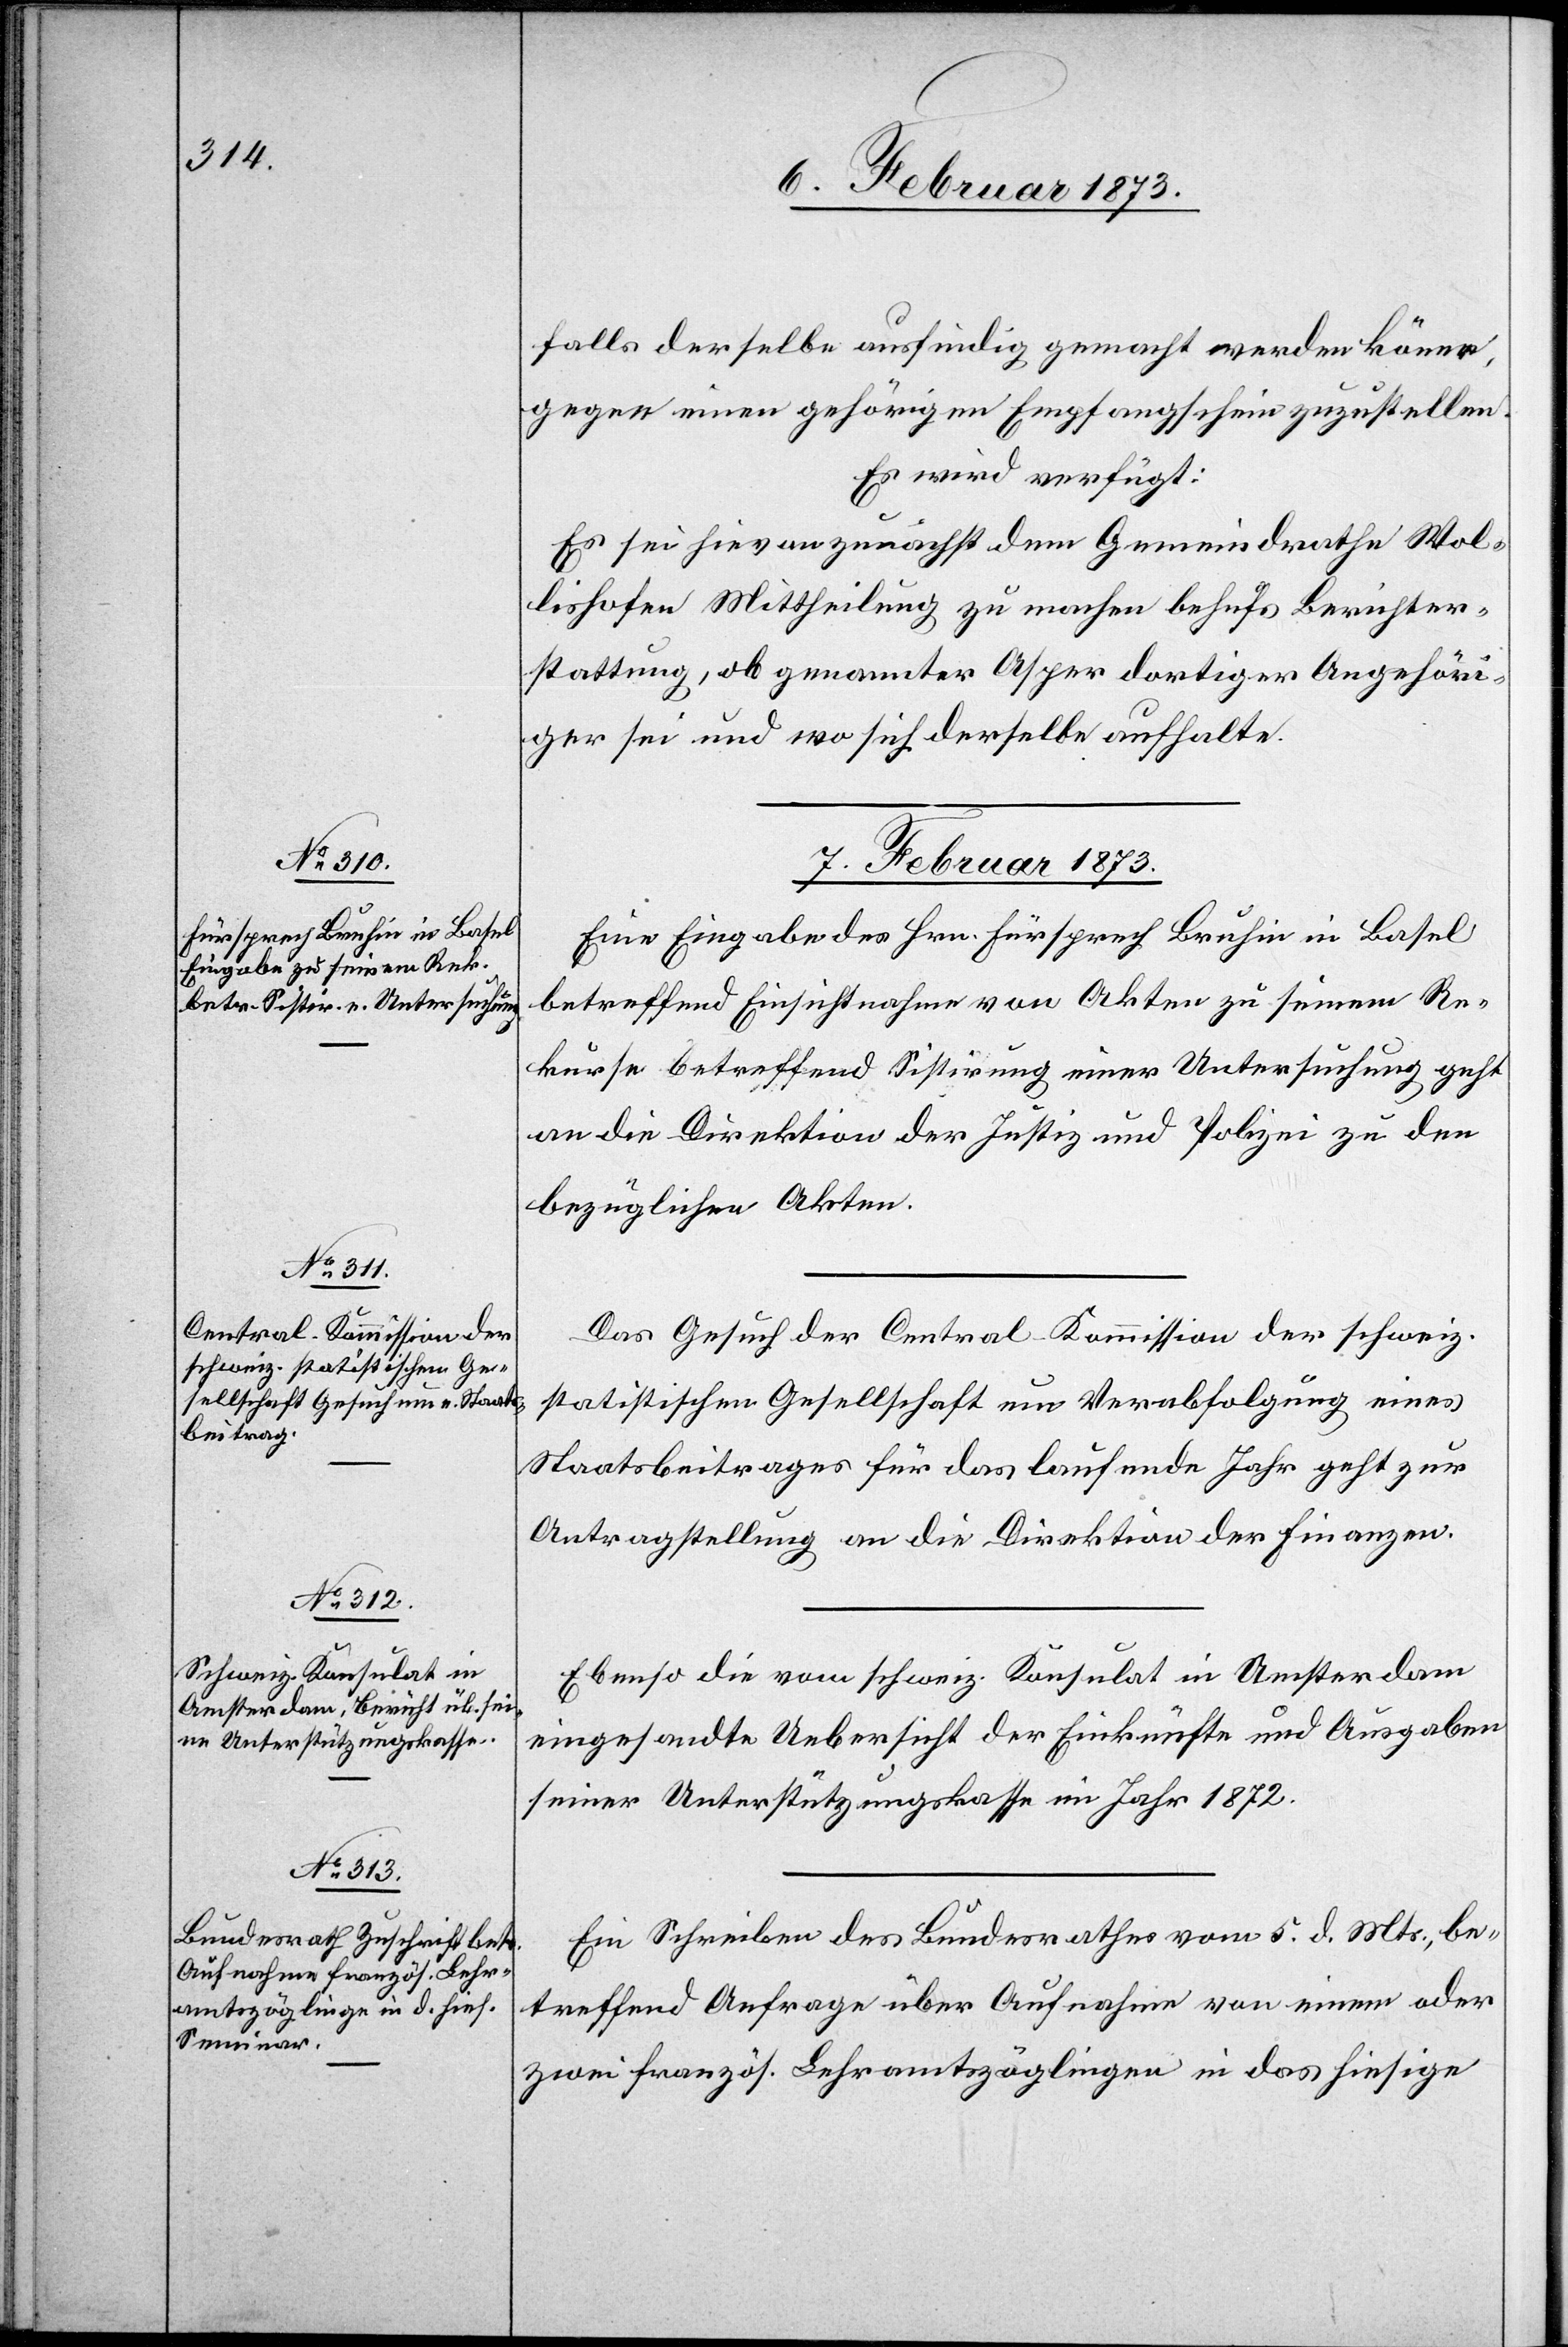
falls derselbe ausfindig gemacht werden könne,
gegen einen gehörigen Empfangschein zuzustellen.
Es wird verfügt:
Es sei hievon zunächst dem Gemeindrathe Wol¬
lishofen Mittheilung zu machen behufs Berichter¬
stattung, ob genannter Asper dortiger Angehöri¬
ger sei und wo sich derselbe aufhalte.
7. Februar 1873.]
Eine Eingabe des Hrn. Fürsprech Bruhin in Basel
betreffend Einsichtnahme von Akten zu seinem Re¬
kurse betreffend Sistirung einer Untersuchung geht
an die Direktion der Justiz und Polizei zu den
bezüglichen Akten.
Das Gesuch der Central-Kommission der schweiz.
statistischen Gesellschaft um Verabfolgung eines
Staatsbeitrages für das laufende Jahr geht zur
Antragstellung an die Direktion der Finanzen.
Ebenso die vom schweiz. Konsulat in Amsterdam
eingesandte Uebersicht der Einkünfte und Ausgaben
seiner Unterstützungskasse im Jahr 1872.
Ein Schreiben des Bundesrathes vom 5. d. Mts., be¬
treffend Anfrage über Aufnahme von einem oder
zwei französ. Lehramtszöglingen in das hiesige